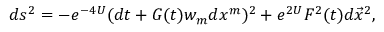
d s ^ { 2 } = - e ^ { - 4 U } ( d t + G ( t ) w _ { m } d x ^ { m } ) ^ { 2 } + e ^ { 2 U } F ^ { 2 } ( t ) d \vec { x } ^ { 2 } ,